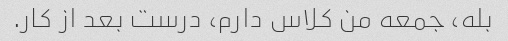
بله، جمعه من کلاس دارم، درست بعد از کار.